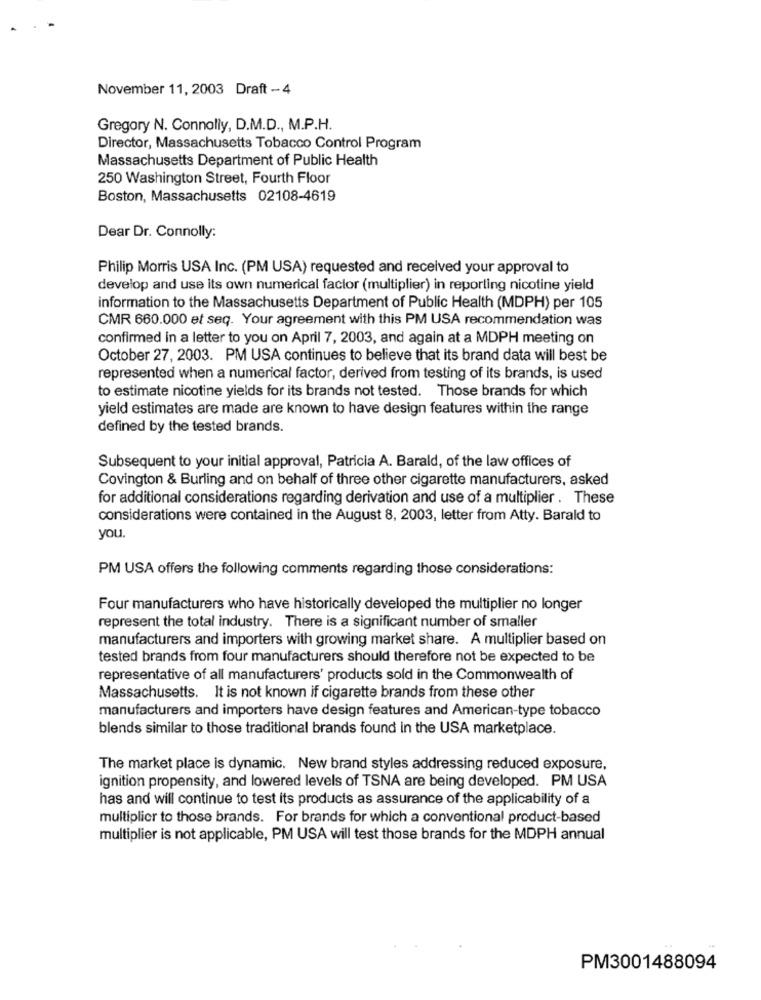
November 11, 2003 Draft - 4
Gregory N. Connolly, D.M.D ., M.P.H.
Director, Massachusetts Tobacco Control Program
Massachusetts Department of Public Health
250 Washington Street, Fourth Floor
Boston, Massachusetts 02108-4619
Dear Dr. Connolly:
Philip Morris USA Inc. (PM USA) requested and received your approval to
develop and use its own numerical factor (multiplier) in reporting nicotine yield
information to the Massachusetts Department of Public Health (MDPH) per 105
CMR 660.000 et seq. Your agreement with this PM USA recommendation was
confirmed in a letter to you on April 7, 2003, and again at a MDPH meeting on
October 27, 2003. PM USA continues to believe that its brand data will best be
represented when a numerical factor, derived from testing of its brands, is used
to estimate nicotine yields for its brands not tested. Those brands for which
yield estimates are made are known to have design features within the range
defined by the tested brands.
Subsequent to your initial approval, Patricia A. Barald, of the law offices of
Covington & Burling and on behalf of three other cigarette manufacturers, asked
for additional considerations regarding derivation and use of a multiplier. These
considerations were contained in the August 8, 2003, letter from Atty. Barald to
you.
PM USA offers the following comments regarding those considerations:
Four manufacturers who have historically developed the multiplier no longer
represent the total industry. There is a significant number of smaller
manufacturers and importers with growing market share. A multiplier based on
tested brands from four manufacturers should therefore not be expected to be
representative of all manufacturers' products sold in the Commonwealth of
Massachusetts. It is not known if cigarette brands from these other
manufacturers and importers have design features and American-type tobacco
blends similar to those traditional brands found in the USA marketplace.
The market place is dynamic. New brand styles addressing reduced exposure,
ignition propensity, and lowered levels of TSNA are being developed. PM USA
has and will continue to test its products as assurance of the applicability of a
multiplier to those brands. For brands for which a conventional product-based
multiplier is not applicable, PM USA will test those brands for the MDPH annual
PM3001488094